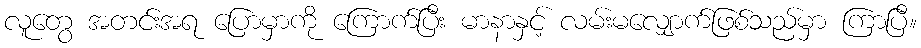
လူတွေ အတင်းအရ ပြောမှာကို ကြောက်ပြီး မာနာနှင့် လမ်းမလျှောက်ဖြစ်သည်မှာ ကြာပြီ။